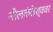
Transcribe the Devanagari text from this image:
नीलकंठेश्‍ववर